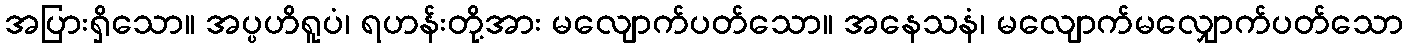
အပြားရှိသော။ အပ္ပဟိရူပံ၊ ရဟန်းတို့အား မလျောက်ပတ်သော။ အနေသနံ၊ မလျောက်မလျှောက်ပတ်သော